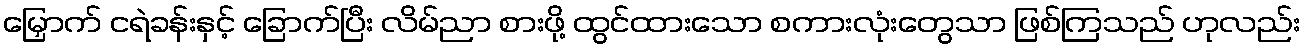
မြှောက် ငရဲခန်းနှင့် ခြောက်ပြီး လိမ်ညာ စားဖို့ ထွင်ထားသော စကားလုံးတွေသာ ဖြစ်ကြသည် ဟုလည်း